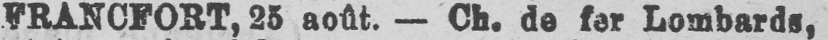
FRANCFORT, 25 août. - Ch. de fer Lombards,